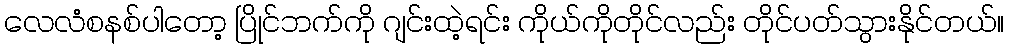
လေလံစနစ်ပါတော့ ပြိုင်ဘက်ကို ဂျင်းထဲ့ရင်း ကိုယ်ကိုတိုင်လည်း တိုင်ပတ်သွားနိုင်တယ်။